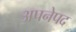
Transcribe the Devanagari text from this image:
अपनेपद